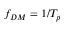
f _ { D M } = 1 / T _ { p }